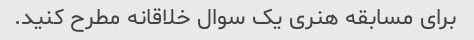
برای مسابقه هنری یک سوال خلاقانه مطرح کنید.